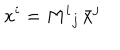
x ^ { i } = { M ^ { i } { } _ { j } } \, { \bar { x } } ^ { j }